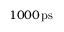
1 0 0 0 \, \mathrm { p s }